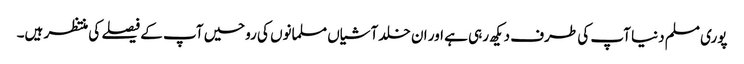
پوری مسلم دنیا آپ کی طرف دیکھ رہی ہے اور ان خلد آشیاں مسلمانوں کی روحیں آپ کے فیصلے کی منتظر ہیں۔